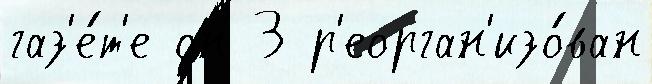
газ'е́т'е он 3 р'еорган'изо́ван